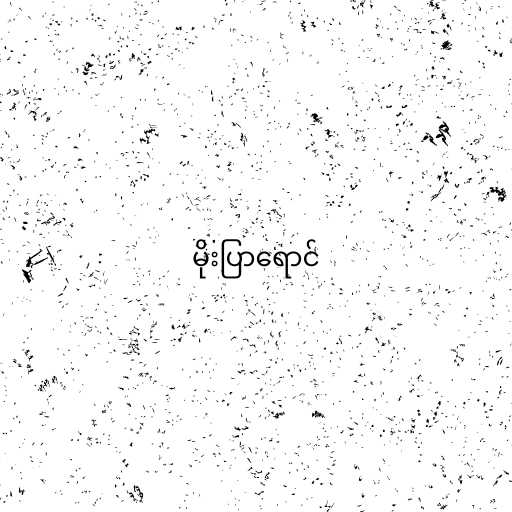
မိုးပြာရောင်